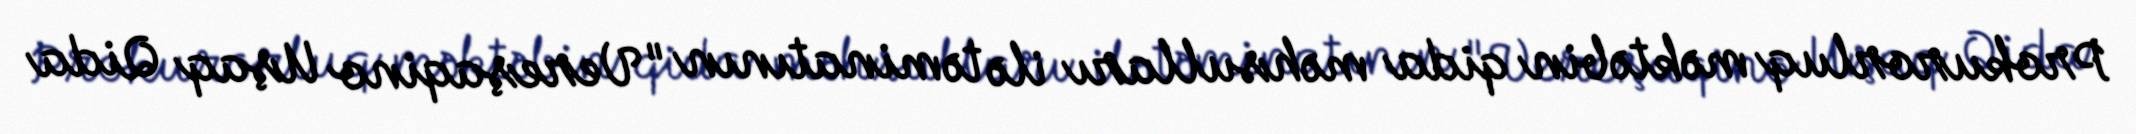
Prokurorluq məktəbin qida məhsulları ilə təminatının "Vereşaqino Uşaq Qida